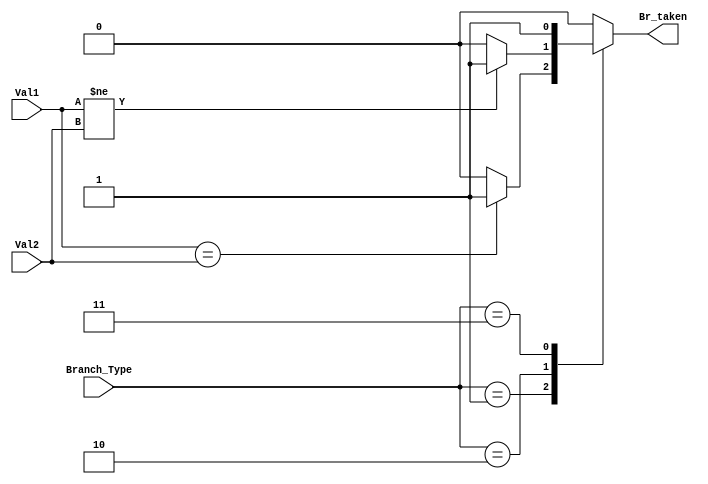
module Condition_Check
  (
    input[1:0] Branch_Type,
    input[31:0] Val1,
    input[31:0] Val2,
    output reg Br_taken
  );

  always @(*) begin
    case (Branch_Type)
      2'b01: Br_taken = (Val1 == Val2) ? 1'b1 : 1'b0;
      2'b10: Br_taken = (Val1 != Val2) ? 1'b1 : 1'b0;
      2'b11: Br_taken = 1'b1;
      default: Br_taken = 1'b0;
    endcase
  end
endmodule